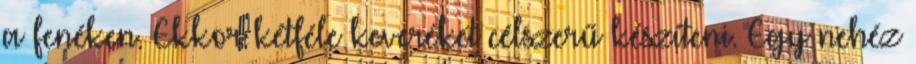
a fenéken. Ekkor kétféle keveréket célszerű készíteni. Egy nehéz